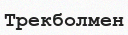
Трекболмен